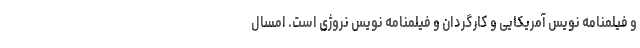
و فیلمنامه نویس آمریکایی و کارگردان و فیلمنامه نویس نروژی است. امسال